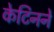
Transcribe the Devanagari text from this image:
केटिनने